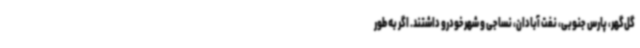
گل‌گهر، پارس جنوبی، نفت آبادان، نساجی و شهرخودرو داشتند. اگر به طور